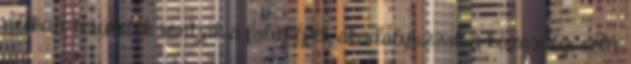
nélküli területek rontják a faluképet, akadályozzák a közösségi célú